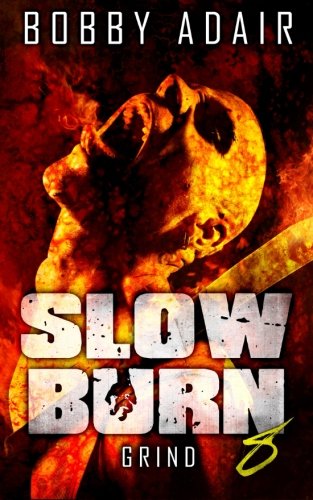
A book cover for Slow Burn: Grind, Book 8 (Slow Burn Zombie Apocalypse Series) (Volume 8); Bobby Adair; Science Fiction & Fantasy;